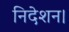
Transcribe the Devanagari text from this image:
निदेशन।